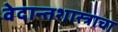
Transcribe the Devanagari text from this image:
वेदान्तशास्त्राचा